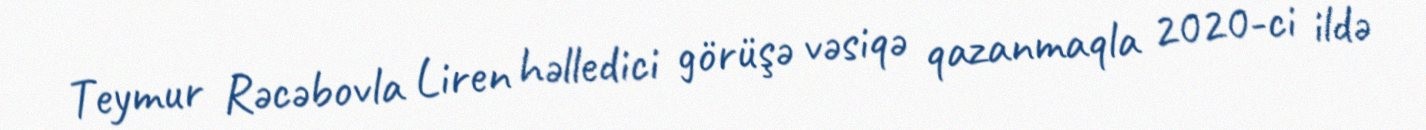
Teymur Rəcəbovla Liren həlledici görüşə vəsiqə qazanmaqla 2020-ci ildə